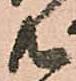
共